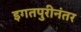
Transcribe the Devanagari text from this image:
इगतपुरीनंतर